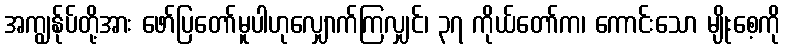
အကျွန်ုပ်တို့အား ဖော်ပြတော်မူပါဟုလျှောက်ကြလျှင်၊ ၃၇ ကိုယ်တော်က၊ ကောင်းသော မျိုးစေ့ကို